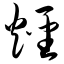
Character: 烃